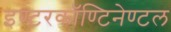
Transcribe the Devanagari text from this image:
इण्टरकॉण्टिनेण्टल